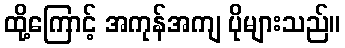
ထို့ကြောင့် အကုန်အကျ ပိုများသည်။